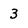
Character: 3